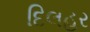
દિલહર